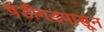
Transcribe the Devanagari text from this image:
चंडीगडपासून